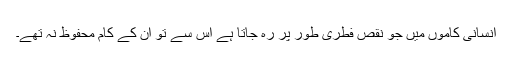
انسانی کاموں میں جو نقص فطری طور پر رہ جاتا ہے اس سے تو ان کے کام محفوظ نہ تھے۔